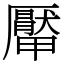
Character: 厴